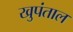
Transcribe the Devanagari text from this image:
खुपंताल